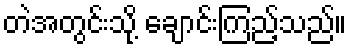
တဲအတွင်းသို့ ချောင်းကြည့်သည်။